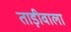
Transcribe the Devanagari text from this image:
ताड़ीवाला